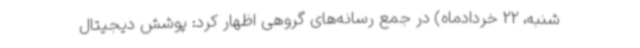
‌شنبه، 22 خردادماه) در جمع رسانه‌های گروهی اظهار کرد: پوشش دیجیتال